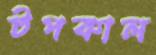
টপকাল